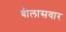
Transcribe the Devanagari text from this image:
बीलासवार